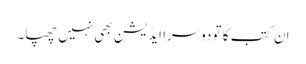
ان کتب کا تو دوسرا ایڈیشن بھی نہیں چھپا۔